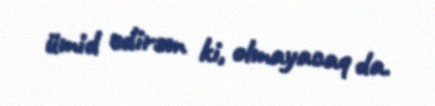
ümid edirəm ki, olmayacaq da.